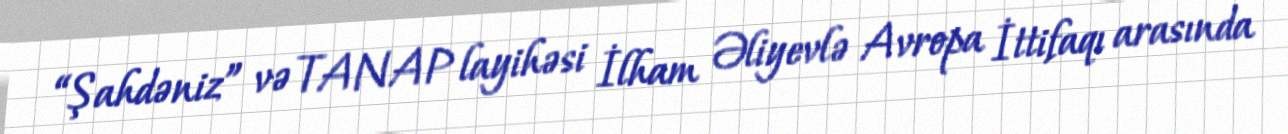
“Şahdəniz” və TANAP layihəsi İlham Əliyevlə Avropa İttifaqı arasında